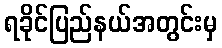
ရခိုင်ပြည်နယ်အတွင်းမှ